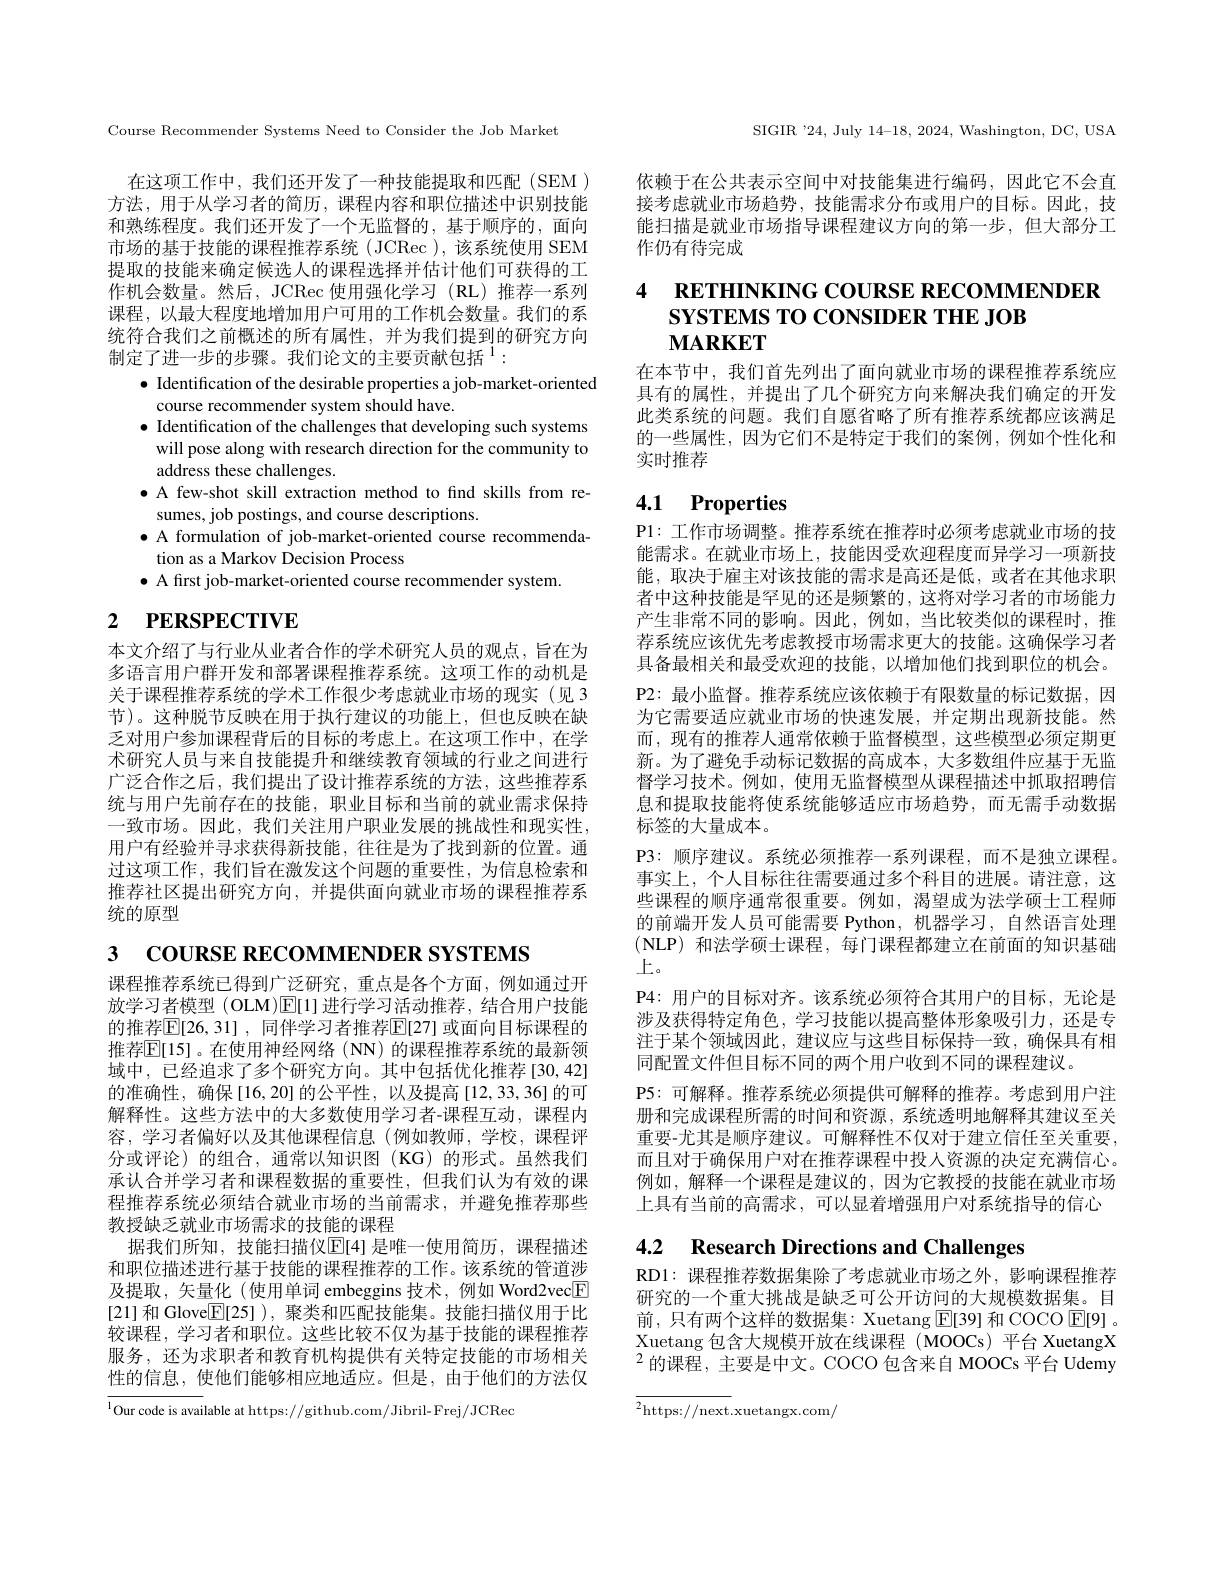
Course Recommender Systems Need to Consider the Job Market

在这项工作中，我们还开发了一种技能提取和匹配(SEM) 方法，用于从学习者的简历，课程内容和职位描述中识别技能和熟练程度。我们还开发了一个无监督的，基于顺序的，面向市场的基于技能的课程推荐系统 (JCRec ), 该系统使用 SEM 提取的技能来确定候选人的课程选择并估计他们可获得的工作机会数量。然后，JCRec 使用强化学习(RL)推荐一系列课程，以最大程度地增加用户可用的工作机会数量。我们的系统符合我们之前概述的所有属性，并为我们提到的研究方向制定了进一步的步骤。我们论文的主要贡献包括$^{1}:$

$\bullet$ Identification of the desirable properties a job-market-oriented
course recommender system should have.
$\bullet$ Identification of the challenges that developing such systems will pose along with research direction for the community to address these challenges.
$\bullet$ A few-shot skill extraction method to find skills from re-
sumes, job postings, and course descriptions.
$\bullet$ A formulation of job-market-oriented course recommenda-
tion as a Markov Decision Process
$\bullet$ A first job-market-oriented course recommender system.

# 2 PERSPECTIVE

本文介绍了与行业从业者合作的学术研究人员的观点，旨在为多语言用户群开发和部署课程推荐系统。这项工作的动机是关于课程推荐系统的学术工作很少考虑就业市场的现实(见 3节)。这种脱节反映在用于执行建议的功能上，但也反映在缺乏对用户参加课程背后的目标的考虑上。在这项工作中，在学术研究人员与来自技能提升和继续教育领域的行业之间进行广泛合作之后，我们提出了设计推荐系统的方法，这些推荐系统与用户先前存在的技能，职业目标和当前的就业需求保持一致市场。因此，我们关注用户职业发展的挑战性和现实性， 用户有经验并寻求获得新技能，往往是为了找到新的位置。通过这项工作，我们旨在激发这个问题的重要性，为信息检索和推荐社区提出研究方向，并提供面向就业市场的课程推荐系统的原型

3 COURSE RECOMMENDER SYSTEMS

课程推荐系统已得到广泛研究，重点是各个方面，例如通过开放学习者模型(OLM)$\mathbb{E}[1]$进行学习活动推荐，结合用户技能的推荐$\mathbb{E}[26,31]$, 同伴学习者推荐$\mathbb{E}[27]$ 或面向目标课程的推荐$\mathbb{E}[15]$。在使用神经网络(NN)的课程推荐系统的最新领域中，已经追求了多个研究方向。其中包括优化推荐[30,42] 的准确性，确保[16,20]的公平性，以及提高[12,33,36]的可解释性。这些方法中的大多数使用学习者-课程互动，课程内容，学习者偏好以及其他课程信息(例如教师，学校，课程评分或评论)的组合，通常以知识图(KG)的形式。虽然我们承认合并学习者和课程数据的重要性，但我们认为有效的课程推荐系统必须结合就业市场的当前需求，并避免推荐那些教授缺乏就业市场需求的技能的课程
据我们所知，技能扫描仪E[ 4] 是唯一使用简历，课程描述和职位描述进行基于技能的课程推荐的工作。该系统的管道涉及提取，矢量化(使用单词 embeggins 技术，例如 Word2vec$\boxed{\mathrm{F}}$ [21] 和 Glove$\boxed{\mathrm{F}}[25])$,聚类和匹配技能集。技能扫描仪用于比较课程，学习者和职位。这些比较不仅为基于技能的课程推荐服务，还为求职者和教育机构提供有关特定技能的市场相关性的信息，使他们能够相应地适应。但是，由于他们的方法仅

$^{1}$Our code is available at https://github.com/Jibril-Frej/JCRec

SIGIR '24, July 14-18, 2024, Washington, DC, USA

依赖于在公共表示空间中对技能集进行编码，因此它不会直接考虑就业市场趋势，技能需求分布或用户的目标。因此，技能扫描是就业市场指导课程建议方向的第一步，但大部分工作仍有待完成

# 4 RETHINKING COURSE RECOMMENDER SYSTEMS TO CONSIDER THE JOB $\mathbf{MARKET}$

在本节中，我们首先列出了面向就业市场的课程推荐系统应具有的属性，并提出了几个研究方向来解决我们确定的开发此类系统的问题。我们自愿省略了所有推荐系统都应该满足的一些属性，因为它们不是特定于我们的案例，例如个性化和实时推荐

# 4.1 Properties

P1: 工作市场调整。推荐系统在推荐时必须考虑就业市场的技能需求。在就业市场上，技能因受欢迎程度而异学习一项新技能 ,取决于雇主对该技能的需求是高还是低，或者在其他求职者中这种技能是罕见的还是频繁的，这将对学习者的市场能力产生非常不同的影响。因此，例如，当比较类似的课程时，推荐系统应该优先考虑教授市场需求更大的技能。这确保学习者具备最相关和最受欢迎的技能，以增加他们找到职位的机会。P2: 最小监督。推荐系统应该依赖于有限数量的标记数据，因为它需要适应就业市场的快速发展，并定期出现新技能。然而，现有的推荐人通常依赖于监督模型，这些模型必须定期更新。为了避免手动标记数据的高成本，大多数组件应基于无监督学习技术。例如，使用无监督模型从课程描述中抓取招聘信息和提取技能将使系统能够适应市场趋势，而无需手动数据标签的大量成本。
P3: 顺序建议。系统必须推荐一系列课程，而不是独立课程。事实上，个人目标往往需要通过多个科目的进展。请注意，这些课程的顺序通常很重要。例如，渴望成为法学硕士工程师的前端开发人员可能需要 Python, 机器学习，自然语言处理(NLP) 和法学硕士课程，每门课程都建立在前面的知识基础上。
P4: 用户的目标对齐。该系统必须符合其用户的目标，无论是涉及获得特定角色，学习技能以提高整体形象吸引力，还是专注于某个领域因此，建议应与这些目标保持一致，确保具有相同配置文件但目标不同的两个用户收到不同的课程建议。
P5: 可解释。推荐系统必须提供可解释的推荐。考虑到用户注册和完成课程所需的时间和资源，系统透明地解释其建议至关重要-尤其是顺序建议。可解释性不仅对于建立信任至关重要， 而且对于确保用户对在推荐课程中投入资源的决定充满信心。例如，解释一个课程是建议的，因为它教授的技能在就业市场上具有当前的高需求，可以显着增强用户对系统指导的信心

4.2 Research Directions and Challenges

RD1:课程推荐数据集除了考虑就业市场之外，影响课程推荐研究的一个重大挑战是缺乏可公开访问的大规模数据集。目前，只有两个这样的数据集：Xuetang $\boxed{\mathrm{E}}[39]$和 COCO E[9] 。Xuetang 包含大规模开放在线课程 (MOOCs)平台 XuetangX $^{2}$的课程，主要是中文。COCO 包含来自 MOOCs 平台 Udemy

${\overline{^2\text{https://next}}}.$xuetangx.com/